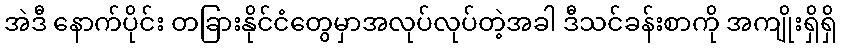
အဲဒီ နောက်ပိုင်း တခြားနိုင်ငံတွေမှာအလုပ်လုပ်တဲ့အခါ ဒီသင်ခန်းစာကို အကျိုးရှိရှိ